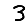
Digit: 3